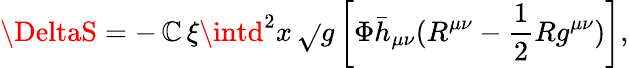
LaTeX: \DeltaS=-\, \mathbb{C}\, \xi\intd^{2}x\, \sqrt{}{{g}}\left[\Phi\bar{{h}}_{\mu\nu}(R^{\mu\nu}-\frac{{1}}{{2}}Rg^{\mu\nu})\right],